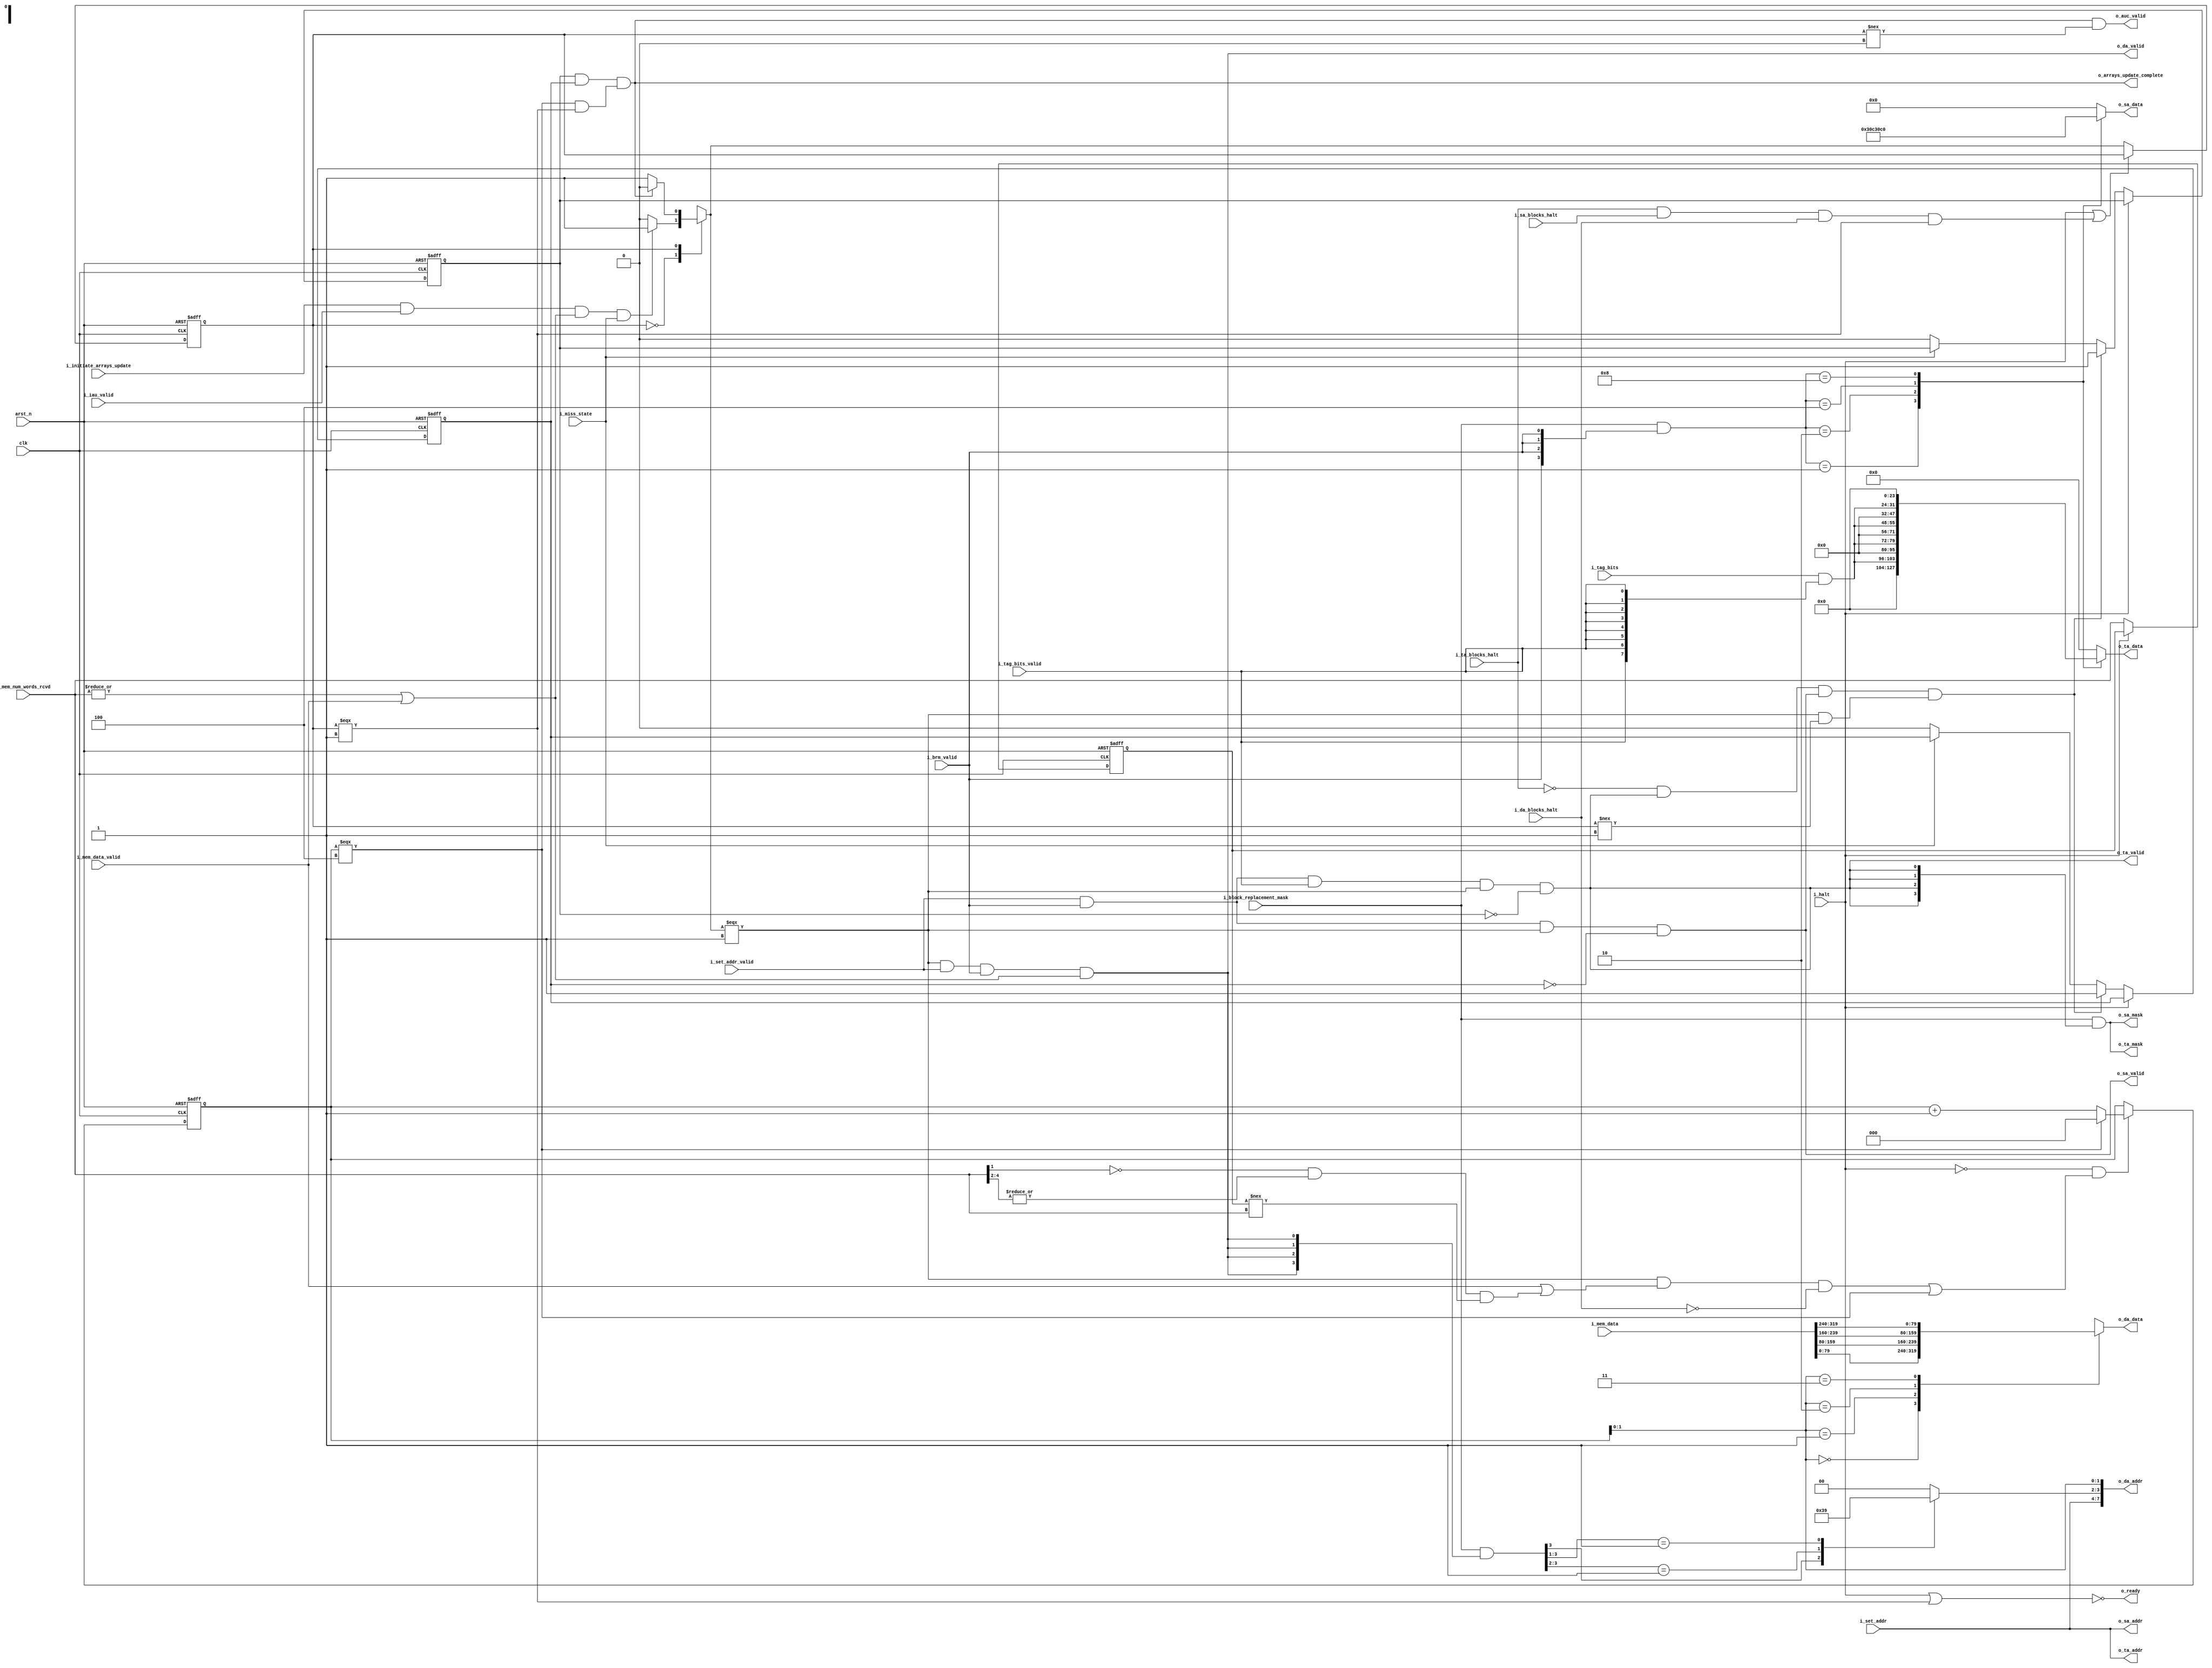
module arrays_updater (
    input   wire                                        i_initiate_arrays_update,
    input   wire                                        i_iau_valid,

    input   wire        [SET_ADDR_WIDTH-1:0]            i_set_addr,
    input   wire                                        i_set_addr_valid,

    input   wire        [TAG_BITS_WIDTH-1:0]            i_tag_bits,
    input   wire                                        i_tag_bits_valid,

    input   wire        [MASK_WIDTH-1:0]                i_block_replacement_mask,
    input   wire                                        i_brm_valid, 

    input   wire        [MEM_DATA_WIDTH-1:0]            i_mem_data,
    input   wire        [$clog2(NUM_WORDS_PER_BLOCK):0] i_mem_num_words_rcvd,
    input   wire                                        i_mem_data_valid,

    input   wire                                        i_miss_state,

    input   wire                                        clk,
    input   wire                                        arst_n,
    input   wire                                        i_halt,

    input   wire                                        i_ta_blocks_halt,
    input   wire                                        i_sa_blocks_halt,
    input   wire                                        i_da_blocks_halt,

    output  wire        [TA_ADDR_WIDTH-1:0]             o_ta_addr,
    output  reg         [TA_DATA_WIDTH-1:0]             o_ta_data,
    output  wire        [MASK_WIDTH-1:0]                o_ta_mask,
    output  wire                                        o_ta_valid,
    
    output  wire        [SA_ADDR_WIDTH-1:0]             o_sa_addr,
    output  reg         [SA_DATA_WIDTH-1:0]             o_sa_data,
    output  wire        [MASK_WIDTH-1:0]                o_sa_mask,
    output  wire                                        o_sa_valid,

    output  wire        [DA_ADDR_WIDTH-1:0]             o_da_addr,
    output  reg         [DA_DATA_WIDTH-1:0]             o_da_data,
    output  wire                                        o_da_valid,

    output  wire                                        o_arrays_update_complete,
    output  wire                                        o_auc_valid,

    output  wire                                        o_ready
);

    assign o_ready = ~(i_halt | (r_state === STATE_UPDATING_ARRAYS));

    localparam MEM_DATA_WIDTH = 320;
    localparam MASK_WIDTH = 4;

    localparam SET_ADDR_WIDTH = 4;

    // tag array params 
    localparam TA_ADDR_WIDTH = 4;
    localparam TA_DATA_WIDTH = 32;

    // status array params
    localparam SA_ADDR_WIDTH = 4;
    localparam SA_DATA_WIDTH = 8;
    
    // data array params
    localparam DA_ADDR_WIDTH = 8;
    localparam DA_DATA_WIDTH = 20*4; // we write four 20-bit words each cycle
    localparam NUM_WAYS      = 4;

    localparam TAG_BITS_WIDTH = 8;


    localparam NUM_WORDS_PER_BLOCK = 16;
    localparam NUM_DA_TRANSACTIONS = 4;

    localparam STATE_IDLE = 0;
    localparam STATE_UPDATING_ARRAYS = 1;
    localparam NUM_STATES = 2;

    reg [$clog2(NUM_STATES)-1:0] r_state;
    reg [$clog2(NUM_STATES)-1:0] w_state;

    // FSM flop
    always @(posedge clk, negedge arst_n) begin
        if(~arst_n) begin
            r_state <= {$clog2(NUM_STATES){1'b0}};
        end
        else if(~(i_halt | (i_ta_blocks_halt & 
                            i_sa_blocks_halt & 
                            i_da_blocks_halt & 
                            (r_state === STATE_UPDATING_ARRAYS)))) begin

            r_state <= w_state;
        end
    end

    reg  w_ta_update_complete;
    reg  w_sa_update_complete;
    wire w_da_update_complete;

    wire w_data_is_sendable = (|i_mem_num_words_rcvd) | i_mem_data_valid;

    // only increment when a 4*n words have been received
    wire w_advance_transaction_cnt = i_mem_data_valid | (
                            ~i_mem_num_words_rcvd[1] & (|i_mem_num_words_rcvd[4:2]) &
                            (r_prev_mem_num_words_rcvd !== i_mem_num_words_rcvd)
                        );

    reg [$clog2(NUM_WORDS_PER_BLOCK):0] r_prev_mem_num_words_rcvd;
    always @(posedge clk, negedge arst_n) begin
        if(~arst_n) begin
            r_prev_mem_num_words_rcvd <= {$clog2(NUM_WORDS_PER_BLOCK)+1{1'b0}};
        end
        else if(~i_halt) begin
            r_prev_mem_num_words_rcvd <= i_mem_num_words_rcvd;
        end
    end

    // FSM transition logic 
    always @(*) begin
        case(r_state)
        STATE_IDLE : begin
            w_state = (i_initiate_arrays_update & i_iau_valid & w_data_is_sendable & i_miss_state) ? STATE_UPDATING_ARRAYS :
                                                                                                     STATE_IDLE;
        end 

        STATE_UPDATING_ARRAYS : begin
            w_state = (w_ta_update_complete & w_sa_update_complete & w_da_update_complete) ? STATE_IDLE : STATE_UPDATING_ARRAYS;
        end

        default :  begin
            w_state  = STATE_IDLE;
        end
        endcase
    end

    assign o_arrays_update_complete = (w_ta_update_complete & w_sa_update_complete & w_da_update_complete);
    assign o_auc_valid = o_arrays_update_complete & (r_state !== STATE_IDLE);

    reg [$clog2(NUM_DA_TRANSACTIONS):0]   r_da_transactions_counter;
    wire w_max_num_transactions_reached = (r_da_transactions_counter === NUM_DA_TRANSACTIONS);

    // counter for the number of words written to the data array
    always @(posedge clk, negedge arst_n) begin
        if(~arst_n) begin
            r_da_transactions_counter <= {$clog2(NUM_DA_TRANSACTIONS)+1{1'b0}};
        end
        else if(~i_halt & ((w_state === STATE_UPDATING_ARRAYS) 
                        & w_advance_transaction_cnt 
                        & ~i_da_blocks_halt 
                        | w_max_num_transactions_reached)) begin
            r_da_transactions_counter <= w_max_num_transactions_reached ? {$clog2(NUM_DA_TRANSACTIONS)+1{1'b0}} :
                                                                          r_da_transactions_counter+1;
        end
    end


    reg [$clog2(NUM_WAYS)-1:0] w_way_index;
    always @(*) begin : mask_two_way_index_converter
        casez (i_block_replacement_mask & {MASK_WIDTH{o_da_valid}})
            4'b1???: begin
                w_way_index = 2'd3;
            end
            4'b01??: begin
                w_way_index = 2'd2;
            end
            4'b001?: begin
                w_way_index = 2'd1;
            end
            4'b0001: begin
                w_way_index = 2'd0;
            end
            default: begin
                w_way_index = 2'd0;
            end
        endcase
    end

    assign o_da_addr = {i_set_addr, w_way_index, r_da_transactions_counter[1:0]}; 
    assign o_da_valid = (w_state === STATE_UPDATING_ARRAYS) & i_set_addr_valid & i_brm_valid & w_data_is_sendable;

    assign w_da_update_complete = w_max_num_transactions_reached & (r_state === STATE_UPDATING_ARRAYS);

    // autogenerated using vpp.pl (perlpp is better)
    always @(*) begin
        case(r_da_transactions_counter[1:0])
        2'd0 : begin
            o_da_data = i_mem_data[79:0];
        end
        2'd1 : begin
            o_da_data = i_mem_data[159:80];
        end
        2'd2 : begin
            o_da_data = i_mem_data[239:160];
        end
        2'd3 : begin
            o_da_data = i_mem_data[319:240];
        end

        default : begin
            o_da_data = {DA_DATA_WIDTH{1'b0}};
        end
        endcase
    end

    assign o_ta_addr = i_set_addr;
    assign o_ta_valid = i_set_addr_valid & i_brm_valid & i_tag_bits_valid & (w_state === STATE_UPDATING_ARRAYS) & ~w_ta_update_complete;
    assign o_ta_mask = i_block_replacement_mask & {MASK_WIDTH{o_ta_valid}};

    assign o_sa_addr = i_set_addr;
    assign o_sa_valid = i_set_addr_valid & i_brm_valid & (w_state === STATE_UPDATING_ARRAYS) & ~w_sa_update_complete;
    assign o_sa_mask = i_block_replacement_mask & {MASK_WIDTH{o_ta_valid}};

    always @(posedge clk, negedge arst_n) begin
        if(~arst_n) begin
            w_ta_update_complete <= 1'b0;
            w_sa_update_complete <= 1'b0;
        end
        else if(~i_halt) begin
            if(~i_ta_blocks_halt & o_ta_valid & o_sa_valid &
            ((w_state === STATE_UPDATING_ARRAYS) & (r_state !== STATE_UPDATING_ARRAYS))) begin
                w_ta_update_complete <= 1'b1;
                w_sa_update_complete <= 1'b1;
            end
            else if(~i_miss_state) begin
                    w_ta_update_complete <= 1'b0;
                    w_sa_update_complete <= 1'b0;
            end
        end
    end

    wire [TA_DATA_WIDTH-1:0]    w_ta_data = {24'b0, i_tag_bits & {TAG_BITS_WIDTH{i_tag_bits_valid}}};
    wire [SA_DATA_WIDTH-1:0]    w_sa_data = {6'b0,
                                            1'b1, // valid bit
                                            1'b1 // use bit
                                        };
    always @(*) begin
        case (i_block_replacement_mask & {MASK_WIDTH{i_brm_valid}})
            4'b0000: begin
                o_ta_data = {TA_DATA_WIDTH{1'b0}};
                o_sa_data = {SA_DATA_WIDTH{1'b0}};
            end
            4'b0001: begin
                o_ta_data = w_ta_data;
                o_sa_data = w_sa_data;
            end

            4'b0010: begin
                o_ta_data = w_ta_data << 8*1; //8 == TAG_BITS_WIDTH
                o_sa_data = w_sa_data << 2*1; //2 == status array word width
            end

            4'b0100: begin
                o_ta_data = w_ta_data << 8*2;
                o_sa_data = w_sa_data << 2*2; 
            end

            4'b1000: begin
                o_ta_data = w_ta_data << 8*3; 
                o_sa_data = w_sa_data << 2*3;
            end
            default: begin
                o_ta_data = {TA_DATA_WIDTH{1'b0}};
                o_sa_data = {SA_DATA_WIDTH{1'b0}};
            end
        endcase
    end

endmodule